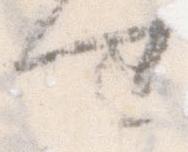
せ